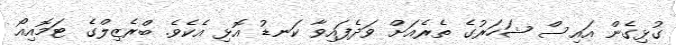
ގުޅިގެން އައިސް ޝަހަރުގެ ތެރެއަށް ވަދެފައިވާ ކަނޑު އޮޅި އެކެވެ. ބްރެޒިލްގެ ޓަމޮއިއޯ